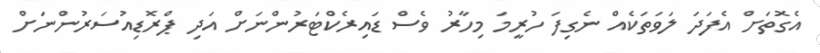
އެގޮތަށް އެފަދަ ލަވަތަކެއް ނެގިފަ ހުރީމަ މިހާރު ވެސް ޑައިރެކްޓަރުންނަށް އަދި ޕްރޮޑިއުސަރުންނަށް